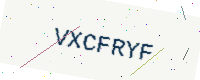
Text: VXCFRYF